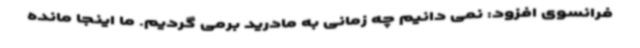
فرانسوی افزود: نمی دانیم چه زمانی به مادرید برمی گردیم. ما اینجا مانده